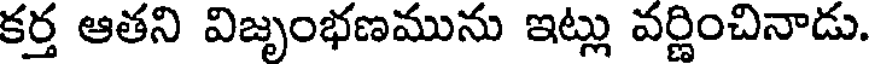
కర్త ఆతని విజృంభణమును ఇట్లు వర్ణించినాడు.